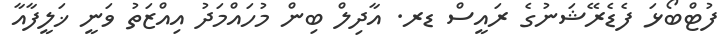
ފުޓްބޯޅަ ފެޑެރޭޝަނުގެ ރައީސް ޑރ. އާދިލް ބިން މުހައްމަދު އިއްޒަތު ވަނީ ޚަލީފާއާ